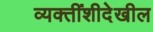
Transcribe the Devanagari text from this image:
व्यक्तींशीदेखील